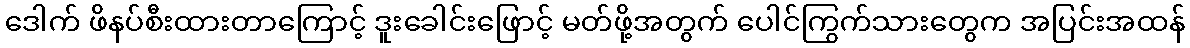
ဒေါက် ဖိနပ်စီးထားတာကြောင့် ဒူးခေါင်းဖြောင့် မတ်ဖို့အတွက် ပေါင်ကြွက်သားတွေက အပြင်းအထန်